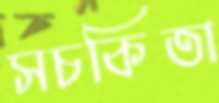
সচকিতা